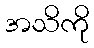
အသိကို